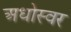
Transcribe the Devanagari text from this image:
अधोस्वर